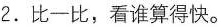
2.比一比，看谁算得快。